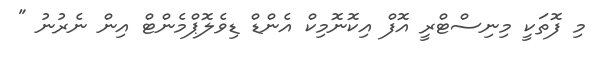
މި ފޮތަކީ މިނިސްޓްރީ އޮފް އިކޮނޮމިކް އެންޑް ޑިވެލޮޕްމެންޓް އިން ނެރުުނު "